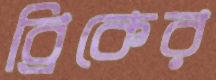
ব্রিকের